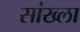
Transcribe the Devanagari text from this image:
सांख्ला